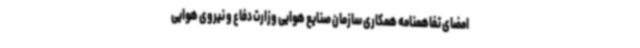
امضای تفاهمنامه همکاری سازمان صنایع هوایی وزارت دفاع و نیروی هوایی